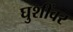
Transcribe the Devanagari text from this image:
घुशींवर